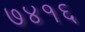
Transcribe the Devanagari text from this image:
७४१६